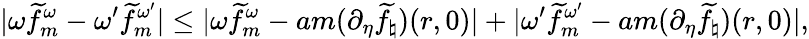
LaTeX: |\omega\widetilde{f}_{m}^{\omega}-{\omega^{\prime}}\widetilde{f}_{m}^{\omega^{\prime}}|\leq|\omega\widetilde{f}_{m}^{\omega}-am(\partial_{\eta}\widetilde{f}_{\natural})(r,0)|+|{\omega^{\prime}}\widetilde{f}_{m}^{\omega^{\prime}}-am(\partial_{\eta}\widetilde{f}_{\natural})(r,0)|,